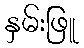
နှမ်းဖြူ